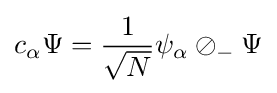
c_{\alpha }\Psi ={\frac {1}{\sqrt {N}}}\psi _{\alpha }\oslash _{-}\Psi